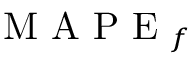
\mathrm { ~ M ~ A ~ P ~ E ~ } _ { f }